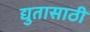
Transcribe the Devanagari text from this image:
द्युतासाठी